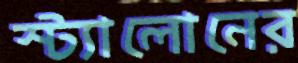
স্ট্যালোনের